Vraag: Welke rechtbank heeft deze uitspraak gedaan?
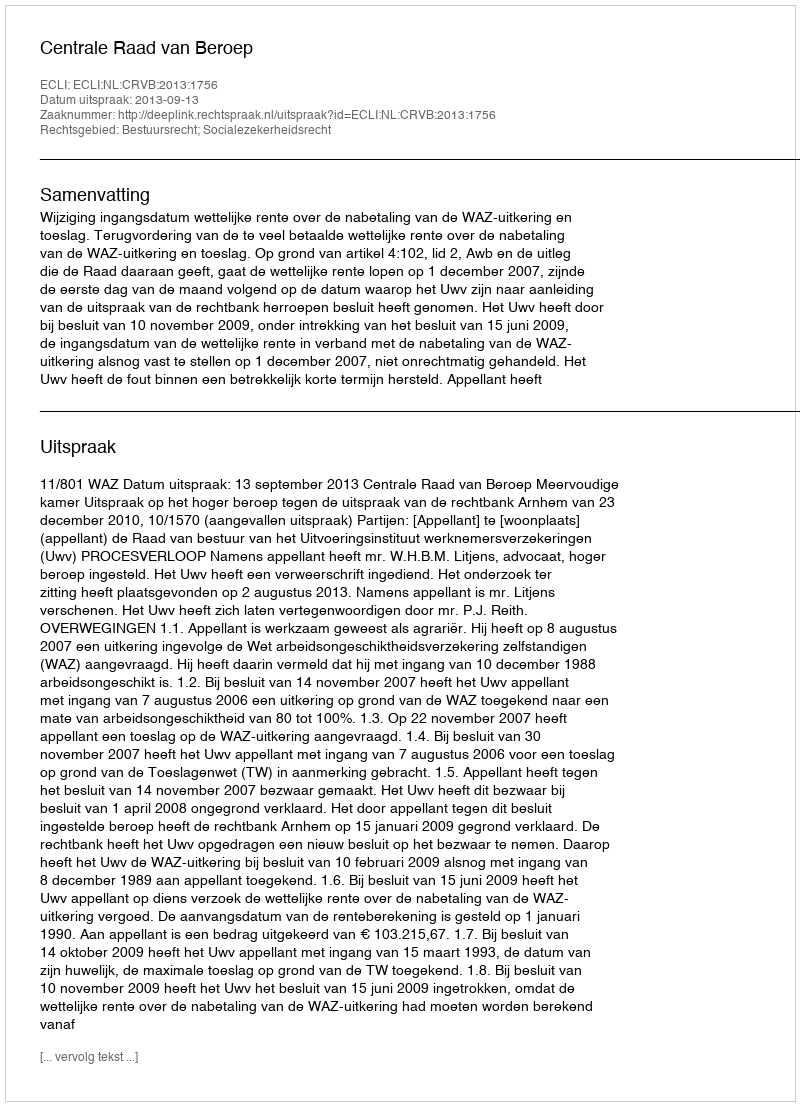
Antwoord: Centrale Raad van Beroep